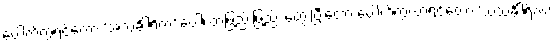
ပေါက်ကွဲရင်တော့ ‘အသင်္ခါရိက’ ပေါ့၊ တဖြည်းဖြည်း တွေးပြီးတော့ ပေါက်ကွဲလာရင်တော့ ‘သသင်္ခါရိက’